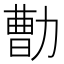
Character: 𰅕